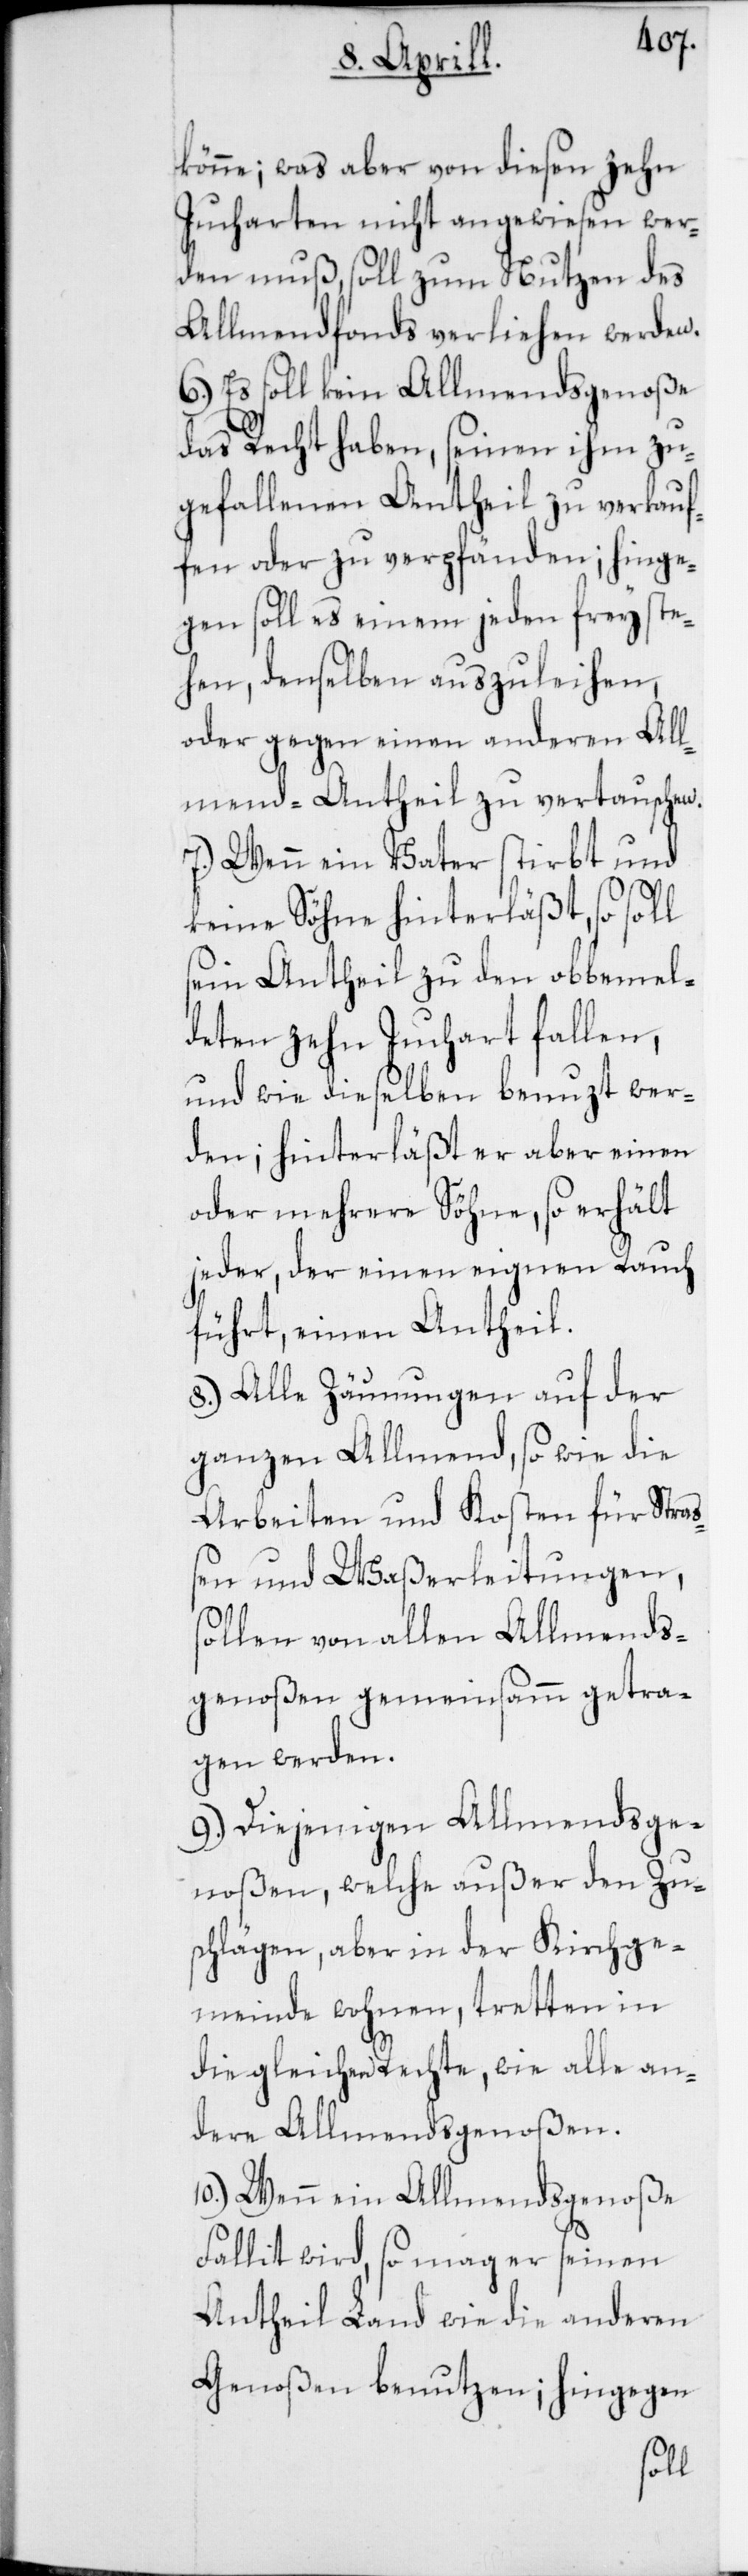
könne; was aber von diesen zehn
Jucharten nicht angewiesen wer¬
den muß, soll zum Nutzen des
Allmendfonds verliehen werden.
6.) Es soll kein Allmendsgenoße
das Recht haben, seinen ihm zu¬
gefallenen Antheil zu verkau¬
fen oder zu verpfänden; hinge¬
gen soll es einem jeden freyste¬
hen, denselben auszuleihen,
oder gegen einen anderen All¬
mend-Antheil zu vertauschen.
7.) Wenn ein Vater stirbt und
keine Söhne hinterläßt, so soll
sein Antheil zu den obbemel¬
deten zehn Juchart fallen,
und wie dieselben benutzt wer¬
den; hinterläßt er aber einen
oder mehrere Söhne, so erhält
jeder, der einen eigenen Rauch
führt, einen Antheil.
8.) Alle Zäumungen auf der
ganzen Allmend, so wie die
Arbeiten und Kosten für Straß¬
en und Waßerleitungen,
sollen von allen Allmends¬
genoßen gemeinsam getra¬
gen werden.
9.) Diejenigen Allmendsge¬
noßen, welche außer den Zu¬
schlägen, aber in der Kirchge¬
meinde wohnen, tretten in
die gleichen Rechte, wie alle an¬
dere Allmendsgenoßen.
10.) Wenn ein Allmendsgenosse
Fallit wird, so mag er seinen
Antheil Land wie die anderen
Genossen benutzen; hingegen